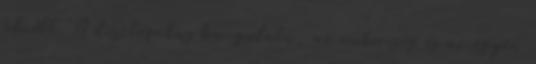
felnőtt. A disztópikus hangulatú, az emberiség és az egyén